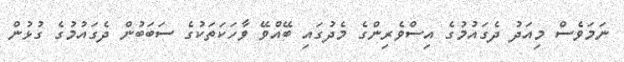
ނަމަވެސް މިއަދު ދެގައުމުގެ އިސްވެރިންގެ މެދުގައި ބޭއްވޭ ވާހަކަތަކުގެ ސަބަބުން ދެގައުމުގެ ގުޅުން